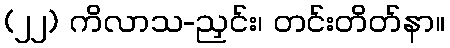
(၂၂) ကိလာသ-ညှင်း၊ တင်းတိတ်နာ။